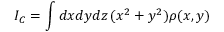
I _ { C } = \int d x d y d z \, ( x ^ { 2 } + y ^ { 2 } ) \rho ( x , y )